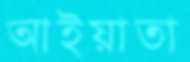
আইয়াতা